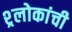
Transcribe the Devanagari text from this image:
श्र्लोकांची